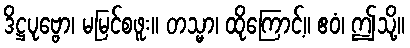
ဒိဋ္ဌပုဗ္ဗော၊ မမြင်စဖူး။ တသ္မာ၊ ထိုကြောင့်။ ဧဝံ၊ ဤသို့။